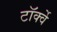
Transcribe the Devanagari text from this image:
टॉर्क्वे